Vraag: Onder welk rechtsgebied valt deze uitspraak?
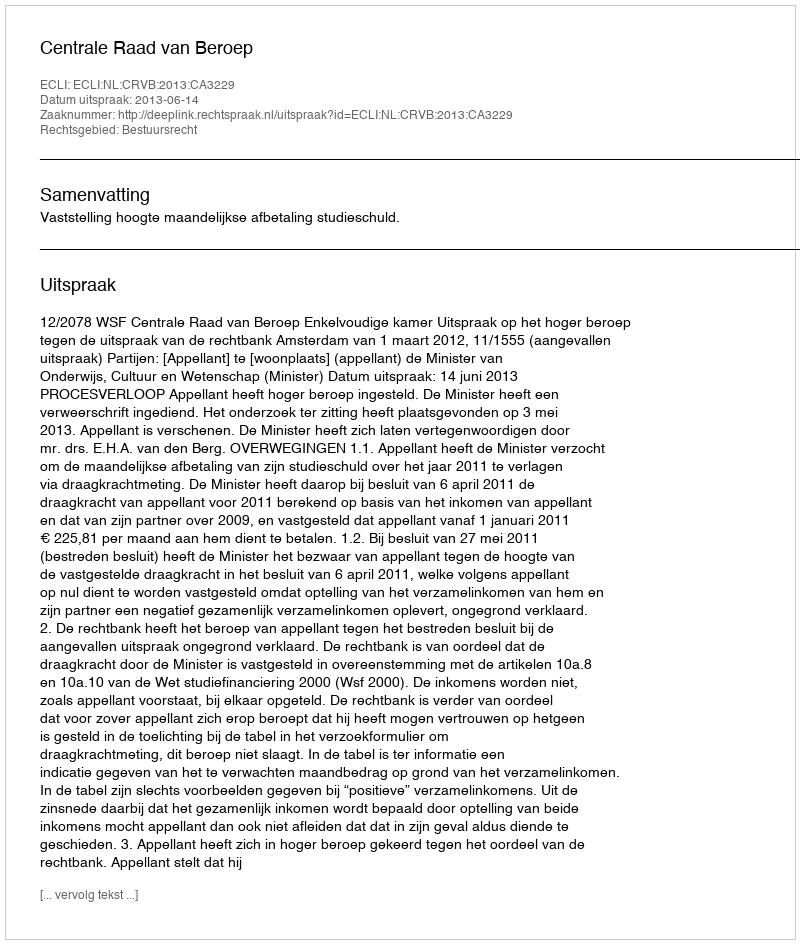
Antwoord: Bestuursrecht